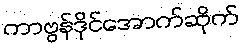
ကာဗွန်ဒိုင်အောက်ဆိုက်